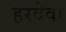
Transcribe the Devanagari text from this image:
हरदेवा